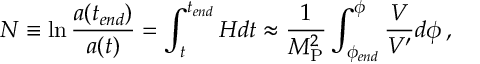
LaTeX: N \equiv \ln \frac { a ( t _ { e n d } ) } { a ( t ) } = \int _ { t } ^ { t _ { e n d } } H d t \approx \frac { 1 } { M _ { \mathrm { P } } ^ { 2 } } \int _ { \phi _ { e n d } } ^ { \phi } \frac { V } { V ^ { \prime } } d \phi \, ,